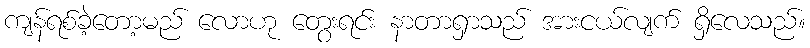
ကျန်ရစ်ခဲ့တော့မည် လောဟု တွေးရင်း နာတာရှာသည် အားငယ်လျက် ရှိလေသည်။